Senior Leaving Certificate Examination (including Day School Certificate (Higher) General paper), 1950
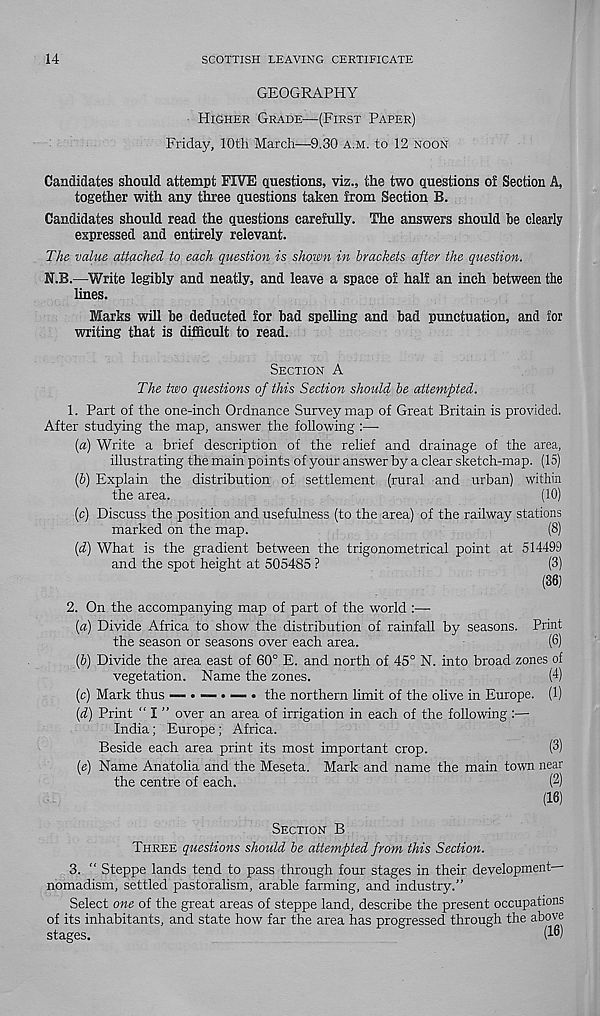
14
SCOTTISH LEAVING CERTIFICATE
GEOGRAPHY
HIGHER GRADE—(FIRST PAPER)
Friday, 10th March—9.30 A.M. to 12 NOON
Candidates should attempt FIVE questions, viz., the two questions ol Section A,
together with any three questions taken from Section B.
Candidates should read the questions carefully. The answers should he clearly
expressed and entirely relevant.
The value attached to each question is shown in brackets after the question.
N.B.—Write legibly and neatly, and leave a space of half an inch between the
lines.
Marks will be deducted for bad spelling and bad punctuation, and for
writing that is difficult to read.
SECTION A
The two questions of this Section should be attempted.
1. Part of the one-inch Ordnance Survey map of Great Britain is provided.
After studying the map, answer the following :—
(a) Write a brief description of the relief and drainage of the area,
illustrating the main points of your answer by a clear sketch-map. (15)
(р) Explain the distribution of settlement (rural and urban) within
the area.
(10)
(с) Discuss the position and usefulness (to the area) of the railway stations
marked on the map.
(8)
{d) What is the gradient between the trigonometrical point at 514499
and the spot height at 505485 ?
(3)
(36)
2. On the accompanying map of part of the world :—
{a) Divide Africa to show the distribution of rainfall by seasons. Print
the season or seasons over each area.
(0)
(6) Divide the area east of 60° E. and north of 45° N. into broad zones of
vegetation. Name the zones.
(4)
(c) Mark thus — • — • — • the northern limit of the olive in Europe. (1)
(d) Print “ I ” over an area of irrigation in each of the following :—
India; Europe; Africa.
Beside each area print its most important crop.
(3)
(e) Name Anatolia and the Meseta. Mark and name the main town near
the centre of each.
(2)
(16)
SECTION B
THREE questions should be attempted from this Section.
3. “ Steppe lands tend to pass through four stages in their development-
nomadism, settled pastoralism, arable farming, and industry.”
Select one of the great areas of steppe land, describe the present occupations
of its inhabitants, and state how far the area has progressed through the above
stages.
(1°)